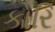
કોરિ